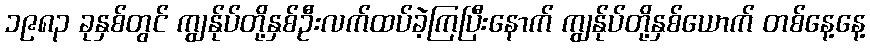
၁၉၈၃ ခုနှစ်တွင် ကျွန်ုပ်တို့နှစ်ဦးလက်ထပ်ခဲ့ကြပြီးနောက် ကျွန်ုပ်တို့နှစ်ယောက် တစ်နေ့နေ့